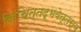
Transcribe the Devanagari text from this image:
किंचित्तद्भवेत्तस्य